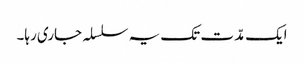
ایک مدّت تک یہ سلسلہ جاری رہا۔